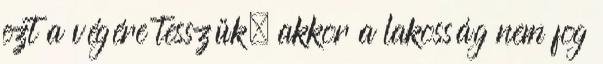
ezt a végére tesszük, akkor a lakosság nem fog